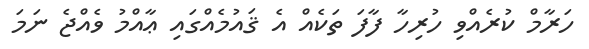
ހަރާމް ކުރެއްވި ހުރިހާ ފާފަ ތަކެއް އެ ޤައުމެއްގައި ޢާއްމު ވެއްޖެ ނަމަ